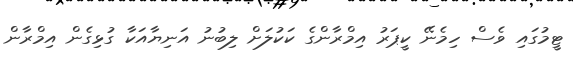
ޓީމުގައި ވެސް ހިމެނޭ ކީޕަރު އިމްރާންގެ ކަކުލަށް ލިބުނު އަނިޔާއަކާ ގުޅިގެން އިމްރާން